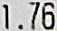
1.76